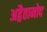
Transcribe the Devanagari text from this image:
अद्वैतामोद